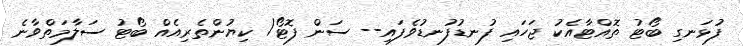
ފުޅަނގި ބޯޓު ތޮއްޓާއެކު ޖަހައި ފުނޑުފުނޑުވެފައި-- ސަން ފޮޓޯ/ ކިޔުންތެރިއެއް ބޯޓު ސަލާމަތްވާނެ